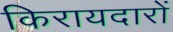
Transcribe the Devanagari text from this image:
किरायदारों